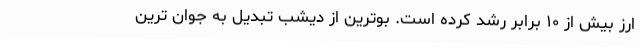
ارز بیش از ۱۰ برابر رشد کرده است. بوترین از دیشب تبدیل به جوان ترین